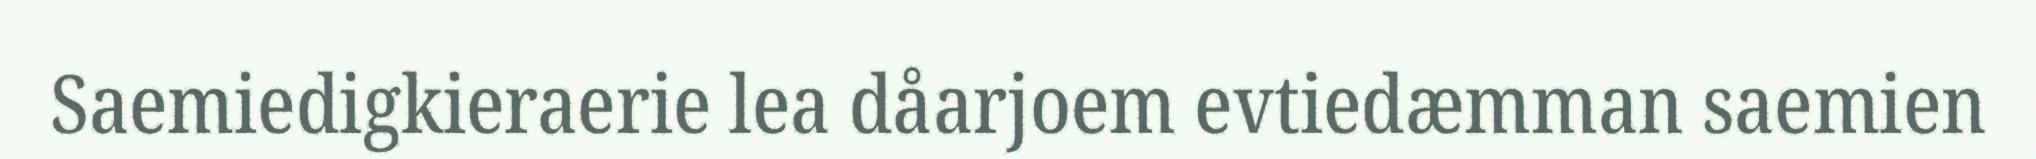
Saemiedigkieraerie lea dåarjoem evtiedæmman saemien